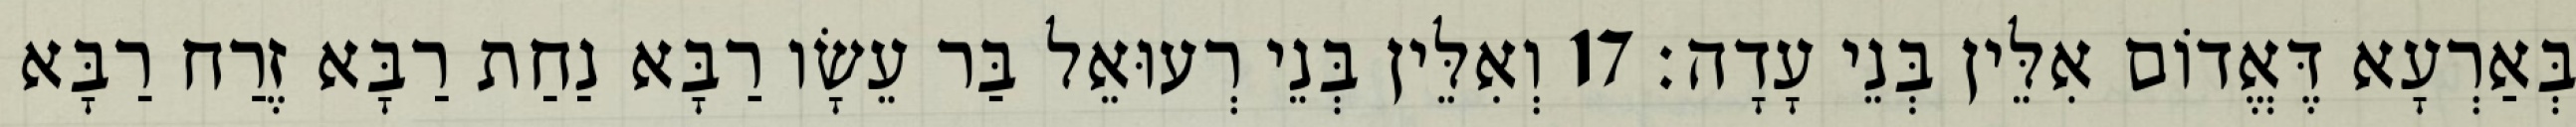
בְּאַרְעָא דֶּאֱדוֹם אִלֵּין בְּנֵי עָדָה׃ 17 וְאִלֵּין בְּנֵי רְעוּאֵל בַּר עֵשָׂו רַבָּא נַחַת רַבָּא זֶרַח רַבָּא